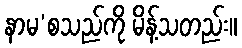
နာမ’စသည်ကို မိန့်သတည်း။